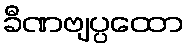
ခီဏဗျပ္ပထော